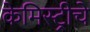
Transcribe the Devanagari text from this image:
केमिस्ट्रीचे